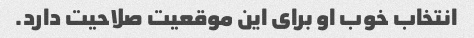
انتخاب خوب او برای این موقعیت صلاحیت دارد.